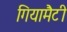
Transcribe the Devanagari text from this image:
गियामैटी